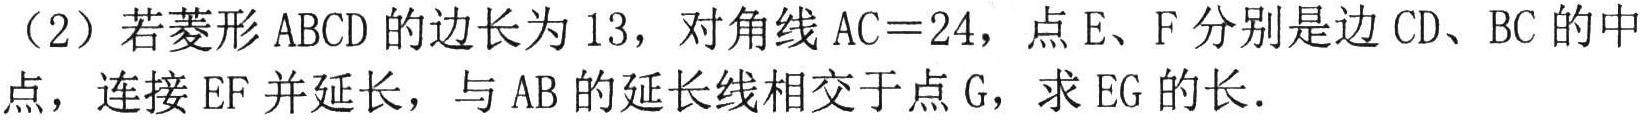
（2）若菱形 \(ABCD\) 的边长为 \(13\)，对角线 \(AC = 24\)，点 \(E\)、\(F\) 分别是边 \(CD\)、\(BC\) 的中点，连接 \(EF\) 并延长，与 \(AB\) 的延长线相交于点 \(G\)，求 \(EG\) 的长．